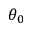
\theta _ { 0 }